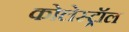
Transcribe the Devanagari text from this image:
कोलेस्‍ट्रॉल